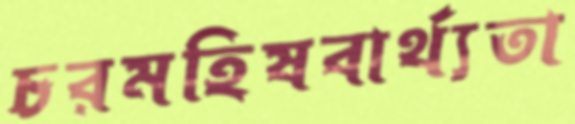
চরমহিষবার্থ্যতা